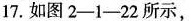
17. 如图 2-1-22 所示，